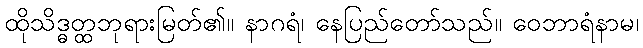
ထိုသိဒ္ဓတ္ထဘုရားမြတ်၏။ နာဂရံ၊ နေပြည်တော်သည်။ ဝေဘာရံနာမ၊